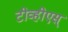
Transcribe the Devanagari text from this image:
टीव्हीएस्